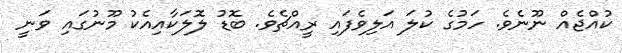
ކުއްޖެއް ނޫނެވެ. ހަމުގެ ކުލަ އަލިވެފައި ރީއްޗެވެ. ބޮޑު ލޮލަކާއިއެކު މޫނުގައި ވަނީ